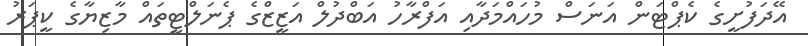
އޭދަފުށީގެ ކެޕްޓަން އަނަސް މުހައްމަދާއި އަފްރާހު އަބްދުލް އަޒީޒްގެ ޕެނަލްޓީތައް މާޒިޔާގެ ކީޕަރު